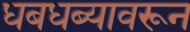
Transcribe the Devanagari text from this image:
धबधब्यावरून